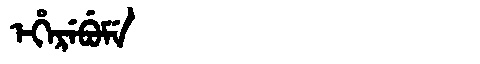
Manchu: ᡝᡥᡝᡵᡝᠪᡠᠮᡝ
Romanization: EHEREBUME